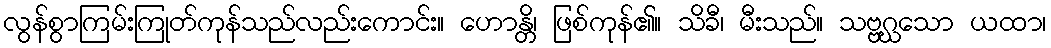
လွန်စွာကြမ်းကြုတ်ကုန်သည်လည်းကောင်း။ ဟောန္တိ၊ ဖြစ်ကုန်၏။ သိခီ၊ မီးသည်။ သဗ္ဗဂ္ဃသော ယထာ၊